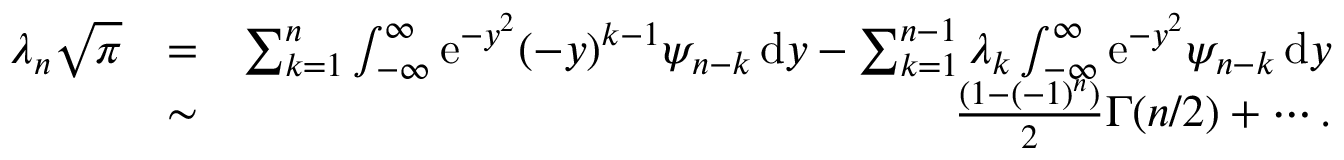
\begin{array} { r l r } { \lambda _ { n } \sqrt { \pi } } & { = } & { \sum _ { k = 1 } ^ { n } \int _ { - \infty } ^ { \infty } \mathrm { e } ^ { - y ^ { 2 } } ( - y ) ^ { k - 1 } \psi _ { n - k } \, \mathrm { d } y - \sum _ { k = 1 } ^ { n - 1 } \lambda _ { k } \int _ { - \infty } ^ { \infty } \mathrm { e } ^ { - y ^ { 2 } } \psi _ { n - k } \, \mathrm { d } y } \\ & { \sim } & { \frac { ( 1 - ( - 1 ) ^ { n } ) } { 2 } \Gamma ( n / 2 ) + \cdots . } \end{array}